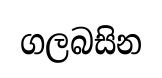
ගලබසින